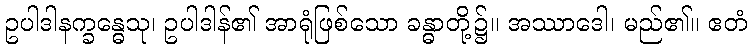
ဥပါဒါနက္ခန္ဓေသု၊ ဥပါဒါန်၏ အာရုံဖြစ်သော ခန္ဓာတို့၌။ အဿာဒေါ၊ မည်၏။ ဧတံ